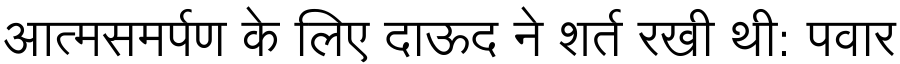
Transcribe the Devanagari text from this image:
आत्मसमर्पण के लिए दाऊद ने शर्त रखी थी: पवार